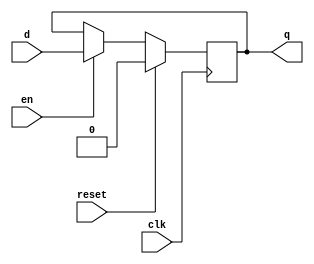
module d_flip_flop (
    input wire clk,
    input wire reset,
    input wire en,
    input wire d,
    output reg q
);

always @ (posedge clk) begin
    if (reset) begin
        q <= 1'b0; // Define reset state
    end else if (en) begin
        q <= d; // Update output based on D input when enable signal is high
    end
end

endmodule